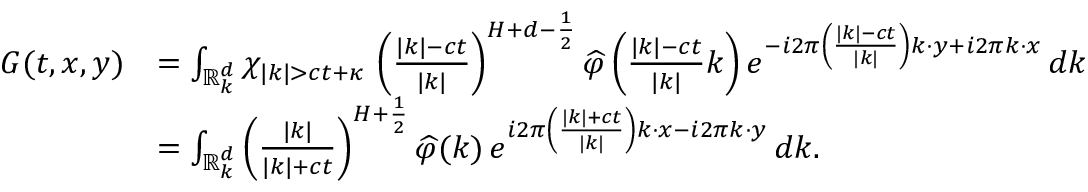
\begin{array} { r l } { G ( t , x , y ) } & { = \int _ { \mathbb R _ { k } ^ { d } } \chi _ { | k | > c t + \kappa } \, \left( \frac { | k | - c t } { | k | } \right) ^ { H + d - \frac { 1 } { 2 } } \widehat { \varphi } \left( \frac { | k | - c t } { | k | } k \right) e ^ { - i 2 \pi \left( \frac { | k | - c t } { | k | } \right) k \cdot y + i 2 \pi k \cdot x } \, d k } \\ & { = \int _ { \mathbb R _ { k } ^ { d } } \left( \frac { | k | } { | k | + c t } \right) ^ { H + \frac { 1 } { 2 } } \widehat { \varphi } ( k ) \, e ^ { i 2 \pi \left( \frac { | k | + c t } { | k | } \right) k \cdot x - i 2 \pi k \cdot y } \, d k . } \end{array}